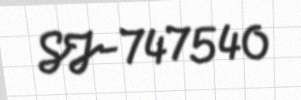
SJ-747540